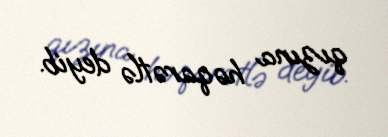
qızına həqarətlə deyib.